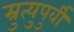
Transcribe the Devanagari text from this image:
म्रुत्युपुर्वी